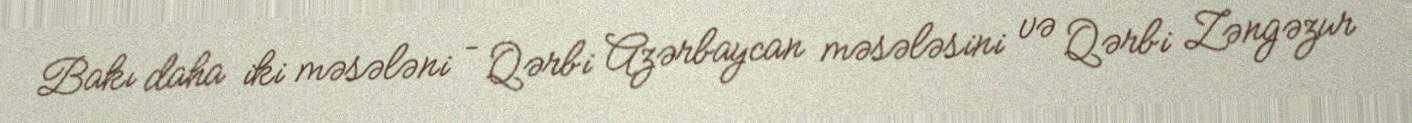
Bakı daha iki məsələni – Qərbi Azərbaycan məsələsini və Qərbi Zəngəzur